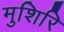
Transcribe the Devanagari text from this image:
मुशिरि